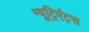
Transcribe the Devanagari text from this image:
न्यूट्रिएंट्स